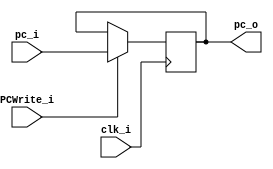
module PC(
clk_i,
PCWrite_i,
pc_i,
pc_o,
);

input   PCWrite_i;
input   clk_i;
input   [31:0]  pc_i;
output  [31:0]  pc_o;

reg [31:0]  pc_o;

initial begin
    pc_o <= 32'b0;
end

always @(posedge clk_i) begin
    if(PCWrite_i)
        pc_o <= pc_i;
    else
        pc_o <= pc_o;
end

endmodule